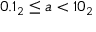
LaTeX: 0 . 1 _ { 2 } \leq a < 1 0 _ { 2 }